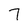
Character: 7